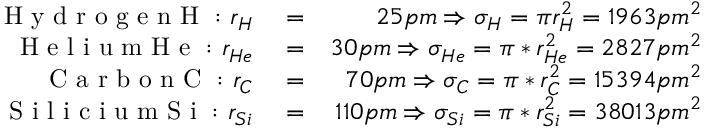
\begin{array} { r l r } { \mathrm { ~ H ~ y ~ d ~ r ~ o ~ g ~ e ~ n ~ H ~ : ~ } r _ { H } } & { { } = } & { 2 5 p m \Rightarrow \sigma _ { H } = \pi r _ { H } ^ { 2 } = 1 9 6 3 p m ^ { 2 } } \\ { \mathrm { ~ H ~ e ~ l ~ i ~ u ~ m ~ H ~ e ~ : ~ } r _ { H e } } & { { } = } & { 3 0 p m \Rightarrow \sigma _ { H e } = \pi * r _ { H e } ^ { 2 } = 2 8 2 7 p m ^ { 2 } } \\ { \mathrm { ~ C ~ a ~ r ~ b ~ o ~ n ~ C ~ : ~ } r _ { C } } & { { } = } & { 7 0 p m \Rightarrow \sigma _ { C } = \pi * r _ { C } ^ { 2 } = 1 5 3 9 4 p m ^ { 2 } } \\ { \mathrm { ~ S ~ i ~ l ~ i ~ c ~ i ~ u ~ m ~ S ~ i ~ : ~ } r _ { S i } } & { { } = } & { 1 1 0 p m \Rightarrow \sigma _ { S i } = \pi * r _ { S i } ^ { 2 } = 3 8 0 1 3 p m ^ { 2 } } \end{array}